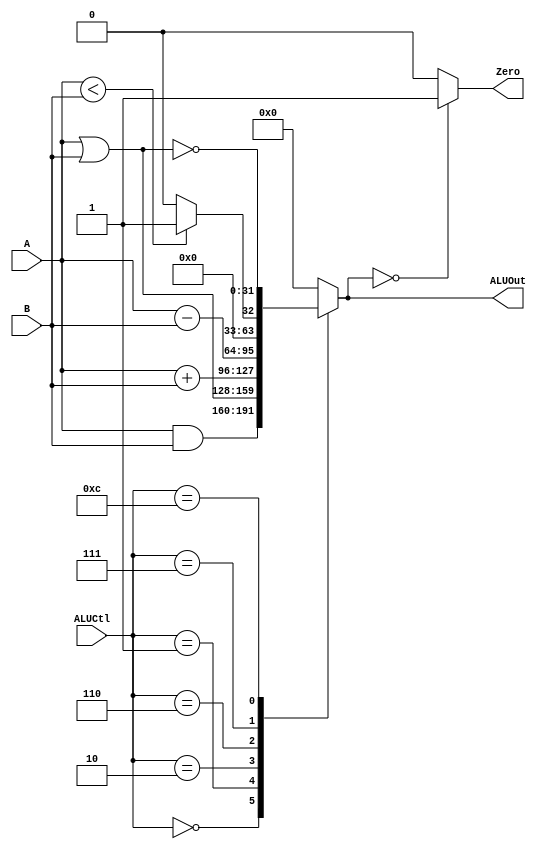
module ALU (A, B, ALUCtl, ALUOut, Zero);
  input [31:0] A;
  input [31:0] B;
  input [3:0] ALUCtl;
  output reg [31:0] ALUOut;
  output reg Zero;


  always @ (ALUCtl, A, B) begin
    case (ALUCtl)
      4'b0000: ALUOut = A & B; //and
      4'b0001: ALUOut = A | B; //or
      4'b0010: ALUOut = A + B; //add
      4'b0110: ALUOut = A - B; //sub
      4'b0111: ALUOut = A < B ? 1 : 0; //slt
      4'b1100: ALUOut = ~(A | B); // nor
      default: ALUOut = 32'b0;
    endcase
  end

  always @ (ALUOut) begin
    if(ALUOut == 0) begin
      Zero = 1;
    end
    else begin
      Zero = 0;
    end
  end
endmodule